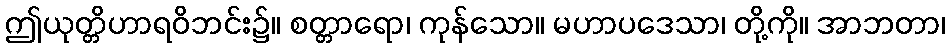
ဤယုတ္တိဟာရဝိဘင်း၌။ စတ္တာရော၊ ကုန်သော။ မဟာပဒေသာ၊ တို့ကို။ အာဘတာ၊